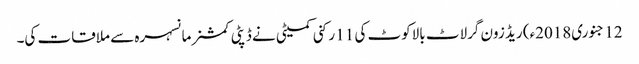
12 جنوری2018ء) ریڈ زون گرلاٹ بالاکوٹ کی 11 رکنی کمیٹی نے ڈپٹی کمشنر مانسہرہ سے ملاقات کی۔